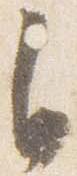
自